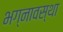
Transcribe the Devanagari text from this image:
भग्‍नावस्‍था